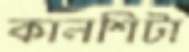
কালশিটা